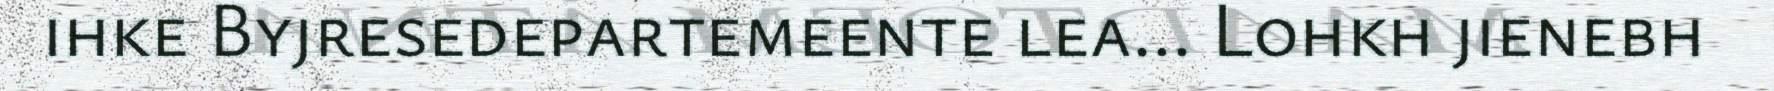
ihke Byjresedepartemeente lea... Lohkh jienebh